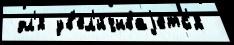
 дл'я ув'ел'и́чиваjетс'я